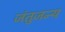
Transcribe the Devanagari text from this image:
जंतुजन्य